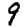
Digit: 9